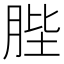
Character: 䏶